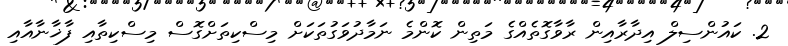
2. ކައުންސިލް އިދާރާއިން ރާވާގޮތެއްގެ މަތިން ކޮންމެ ނަމާދުވަގުތަކަށް މިސްކިތަށްގޮސް މިސްކިތާއި ފާޚާނާއާއި